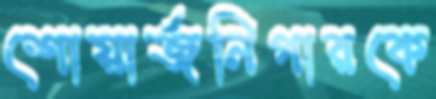
শোয়ার্জনিগারকে